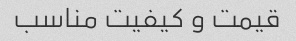
قیمت و کیفیت مناسب